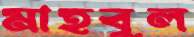
মাহবুল